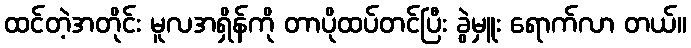
ထင်တဲ့အတိုင်း မူလအရှိန်ကို တာပိုထပ်တင်ပြီး ခွဲမှူး ရောက်လာ တယ်။